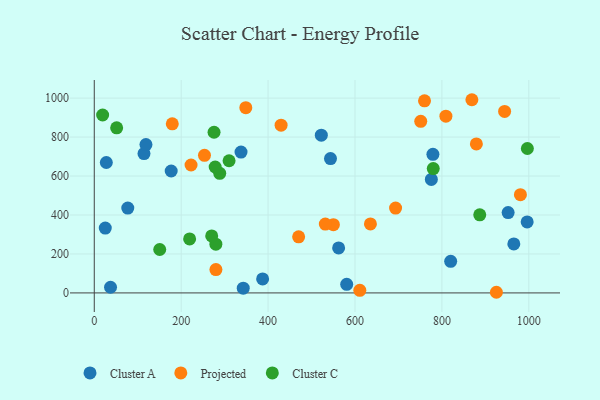
{"axis": {"x": "Speed", "y": "Demand"}, "legend": ["Cluster A", "Cluster C", "Projected"], "data": [{"x": "775.7", "y": 582.4, "type": "Cluster A"}, {"x": "114.4", "y": 715.2, "type": "Cluster A"}, {"x": "25.3", "y": 332.9, "type": "Cluster A"}, {"x": "337.7", "y": 723.1, "type": "Cluster A"}, {"x": "118.9", "y": 761.6, "type": "Cluster A"}, {"x": "543.6", "y": 689.5, "type": "Cluster A"}, {"x": "177.0", "y": 625.9, "type": "Cluster A"}, {"x": "562.3", "y": 231.2, "type": "Cluster A"}, {"x": "37.4", "y": 29.1, "type": "Cluster A"}, {"x": "820.2", "y": 162.2, "type": "Cluster A"}, {"x": "779.3", "y": 711.5, "type": "Cluster A"}, {"x": "996.2", "y": 364.5, "type": "Cluster A"}, {"x": "387.4", "y": 71.7, "type": "Cluster A"}, {"x": "952.4", "y": 412.3, "type": "Cluster A"}, {"x": "77.1", "y": 435.7, "type": "Cluster A"}, {"x": "965.5", "y": 251.6, "type": "Cluster A"}, {"x": "522.5", "y": 809.8, "type": "Cluster A"}, {"x": "342.8", "y": 24.4, "type": "Cluster A"}, {"x": "580.9", "y": 43.9, "type": "Cluster A"}, {"x": "27.7", "y": 669.6, "type": "Cluster A"}, {"x": "348.7", "y": 951.0, "type": "Projected"}, {"x": "879.3", "y": 765.0, "type": "Projected"}, {"x": "925.4", "y": 3.3, "type": "Projected"}, {"x": "693.4", "y": 435.6, "type": "Projected"}, {"x": "179.5", "y": 868.1, "type": "Projected"}, {"x": "253.6", "y": 706.6, "type": "Projected"}, {"x": "760.0", "y": 986.2, "type": "Projected"}, {"x": "470.3", "y": 288.2, "type": "Projected"}, {"x": "550.3", "y": 350.1, "type": "Projected"}, {"x": "635.5", "y": 354.4, "type": "Projected"}, {"x": "944.3", "y": 931.5, "type": "Projected"}, {"x": "751.3", "y": 880.7, "type": "Projected"}, {"x": "279.9", "y": 120.0, "type": "Projected"}, {"x": "611.1", "y": 13.5, "type": "Projected"}, {"x": "222.7", "y": 656.7, "type": "Projected"}, {"x": "531.7", "y": 353.2, "type": "Projected"}, {"x": "429.9", "y": 861.4, "type": "Projected"}, {"x": "809.2", "y": 907.5, "type": "Projected"}, {"x": "980.7", "y": 504.4, "type": "Projected"}, {"x": "869.0", "y": 991.8, "type": "Projected"}, {"x": "288.7", "y": 614.0, "type": "Cluster C"}, {"x": "780.1", "y": 638.3, "type": "Cluster C"}, {"x": "996.7", "y": 741.5, "type": "Cluster C"}, {"x": "279.8", "y": 250.3, "type": "Cluster C"}, {"x": "219.4", "y": 277.4, "type": "Cluster C"}, {"x": "275.6", "y": 824.8, "type": "Cluster C"}, {"x": "19.2", "y": 913.5, "type": "Cluster C"}, {"x": "310.2", "y": 678.5, "type": "Cluster C"}, {"x": "51.5", "y": 847.5, "type": "Cluster C"}, {"x": "270.2", "y": 292.5, "type": "Cluster C"}, {"x": "278.2", "y": 646.5, "type": "Cluster C"}, {"x": "887.1", "y": 400.8, "type": "Cluster C"}, {"x": "150.6", "y": 222.9, "type": "Cluster C"}]}